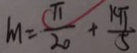
M = \frac { \pi } { 2 0 } + \frac { k \pi } { 5 }